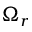
\Omega _ { r }